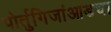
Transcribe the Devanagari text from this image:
पोर्तुगिजांआडचा